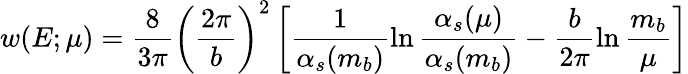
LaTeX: w(E;\mu)=\frac{8}{3\pi}\left(\frac{2\pi}{b}\right)^{2}\left[\frac{1}{\alpha_{s}(m_{b})}\ln{\frac{\alpha_{s}(\mu)}{\alpha_{s}(m_{b})}}-\frac{b}{2\pi}\ln{\frac{m_{b}}{\mu}}\right]